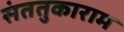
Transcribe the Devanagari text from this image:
संततुकाराम